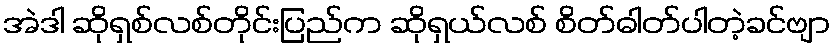
အဲဒါ ဆိုရှစ်လစ်တိုင်းပြည်က ဆိုရှယ်လစ် စိတ်ဓါတ်ပါတဲ့ခင်ဗျာ